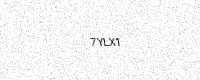
Text: 7YLX1